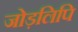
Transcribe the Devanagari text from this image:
जोड़लिपि